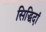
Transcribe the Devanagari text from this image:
सिद्धिदां